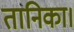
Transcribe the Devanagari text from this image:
तानिका।